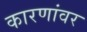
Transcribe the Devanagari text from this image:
कारणांवर